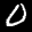
Digit: 0